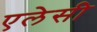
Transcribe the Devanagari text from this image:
एलेसी